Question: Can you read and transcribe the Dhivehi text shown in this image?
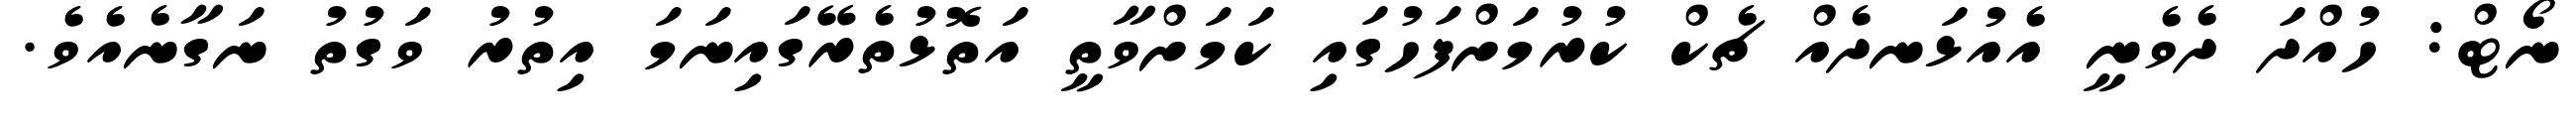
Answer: ނޯޓް: ހުއްދަ ދެވެނީ އެއުޅަނދެއް ޗެކް ކުރުމަށްފަހުގައި ކަމަށްވާތީ އަތޮޅުތެރޭގައިނަމަ އިތުރު ވަގުތު ނަގާނެއެވެ.